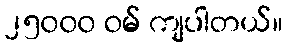
၂၅၀၀၀ ဝမ် ကျပါတယ်။